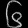
Digit: ၆